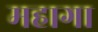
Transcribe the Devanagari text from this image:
महागा